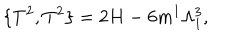
\{ T ^ { 2 } , T ^ { 2 } \} = 2 H - 6 m ^ { 1 } \Lambda _ { 1 } ^ { 3 } ,